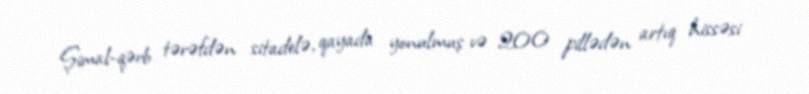
Şimal-qərb tərəfdən sitadelə, qayada yonulmuş və 200 pillədən artıq hissəsi